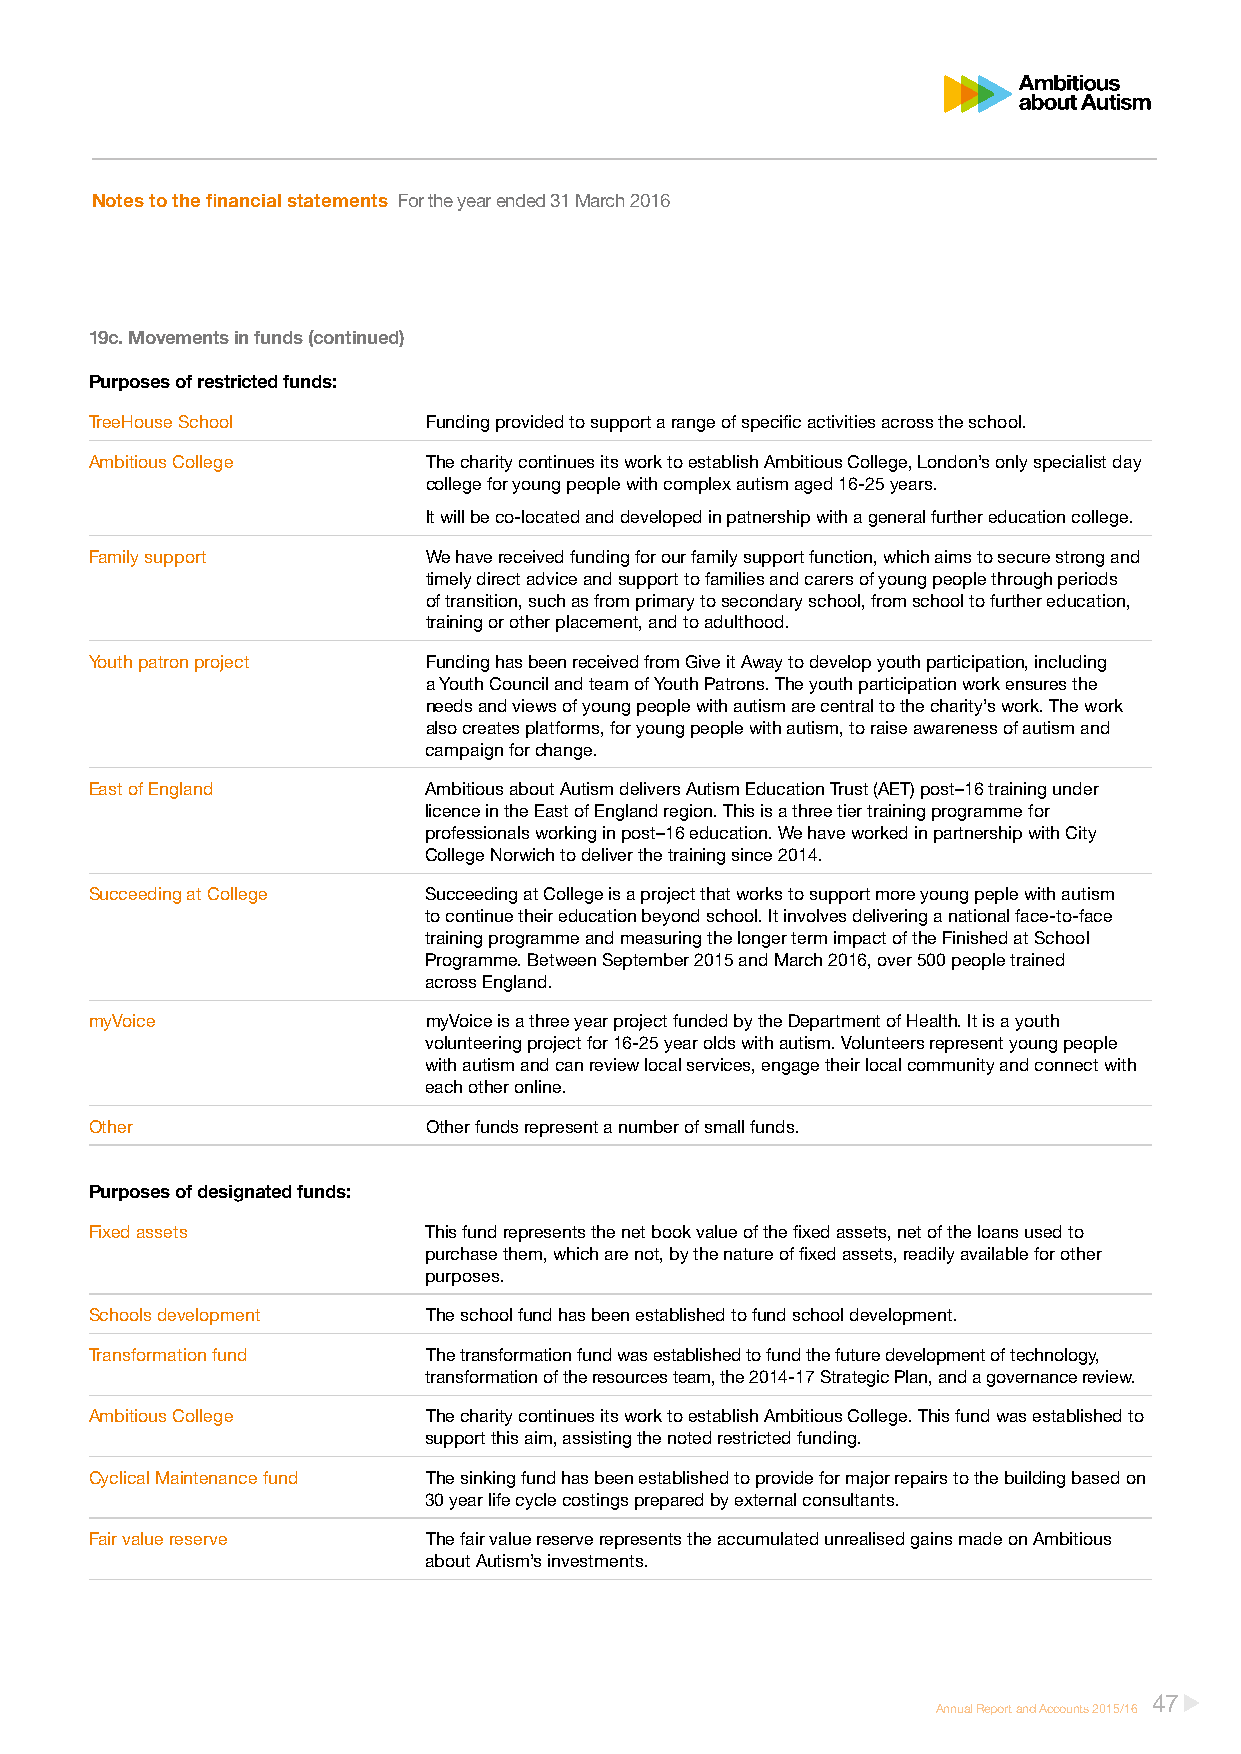
Notes to the financial statements For the year ended 31 March 2016
 19c. Movements in funds (continued)
 Purposes of restricted funds:
 TreeHouse School      Funding provided to support a range of specific activities across the school.
 Ambitious College     The charity continues its work to establish Ambitious College, London’s only specialist day
 college for young people with complex autism aged 16-25 years.
 It will be co-located and developed in patnership with a general further education college.
 Family support        We have received funding for our family support function, which aims to secure strong and
 timely direct advice and support to families and carers of young people through periods
 of transition, such as from primary to secondary school, from school to further education,
 training or other placement, and to adulthood.
 Youth patron project  Funding has been received from Give it Away to develop youth participation, including
 a Youth Council and team of Youth Patrons. The youth participation work ensures the
 needs and views of young people with autism are central to the charity’s work. The work
 also creates platforms, for young people with autism, to raise awareness of autism and
 campaign for change.
 East of England       Ambitious about Autism delivers Autism Education Trust (AET) post–16 training under
 licence in the East of England region. This is a three tier training programme for
 professionals working in post–16 education. We have worked in partnership with City
 College Norwich to deliver the training since 2014.
 Succeeding at College Succeeding at College is a project that works to support more young peple with autism
 to continue their education beyond school. It involves delivering a national face-to-face
 training programme and measuring the longer term impact of the Finished at School
 Programme. Between September 2015 and March 2016, over 500 people trained
 across England.
 myVoice               myVoice is a three year project funded by the Department of Health. It is a youth
 volunteering project for 16-25 year olds with autism. Volunteers represent young people
 with autism and can review local services, engage their local community and connect with
 each other online.
 Other                 Other funds represent a number of small funds.
 Purposes of designated funds:
 Fixed assets          This fund represents the net book value of the fixed assets, net of the loans used to
 purchase them, which are not, by the nature of fixed assets, readily available for other
 purposes.
 Schools development   The school fund has been established to fund school development.
 Transformation fund   The transformation fund was established to fund the future development of technology,
 transformation of the resources team, the 2014-17 Strategic Plan, and a governance review.
 Ambitious College     The charity continues its work to establish Ambitious College. This fund was established to
 support this aim, assisting the noted restricted funding.
 Cyclical Maintenance fund The sinking fund has been established to provide for major repairs to the building based on
 30 year life cycle costings prepared by external consultants.
 Fair value reserve    The fair value reserve represents the accumulated unrealised gains made on Ambitious
 about Autism’s investments.
 47
 Annual Report and Accounts 2015/16